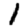
Digit: 1